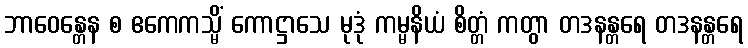
ဘာဝေန္တေန စ ဧကေကသ္မိံ ကောဋ္ဌာသေ မုဒုံ ကမ္မနိယံ စိတ္တံ ကတွာ တဒနန္တရေ တဒနန္တရေ